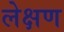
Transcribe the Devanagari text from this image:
लेक्षण